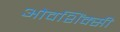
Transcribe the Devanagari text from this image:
ओवशिंक्सी